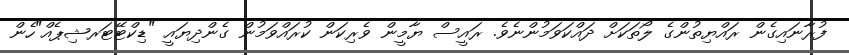
ފުރާނައިގެން ރައްޔިތުންގެ ލޯތަކަށް ދައްކަވަމުންނެވެ. ރައީސް ޔާމީން ވެރިކަން ކުރައްވަމުން ގެންދިޔައީ "ޑިކްޓޭޓަރޝިޕެއް"ހެން